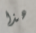
هذا